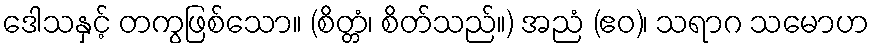
ဒေါသနှင့် တကွဖြစ်သော။ (စိတ္တံ၊ စိတ်သည်။) အညံ (ဧဝ)၊ သရာဂ သမောဟ